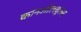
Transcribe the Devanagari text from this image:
कानओलबूलस